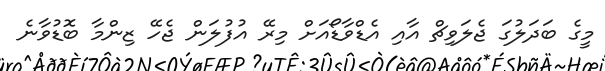
މީގެ ބަދަލުގަ ޖެލަވިޗް އާއި އެޑްވާޑޯއަށް މިރޭ އުފުލަން ޖެހޭ ޒިންމާ ބޮޑުވާނެ